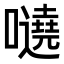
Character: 𡃺